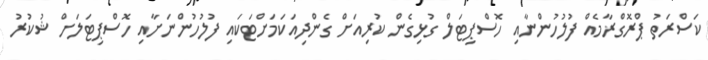
ކަސްރަތު ޕްރޮގްރާމެއް ފުލުހުންނާއި ހޮސްޕިޓަލް ގުޅިގެން ކުރިއަށް ގެންދިއަކަމަށްޓަކައި ފުލުހުންނަށާއި ހޮސްޕިޓަލަށް ޝުކުރު